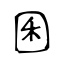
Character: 囷